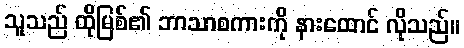
သူသည် ထိုမြစ်၏ ဘာသာစကားကို နားထောင် လိုသည်။